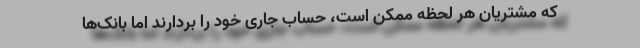
که مشتریان هر لحظه ممکن است، حساب جاری خود را بردارند اما بانک‌ها